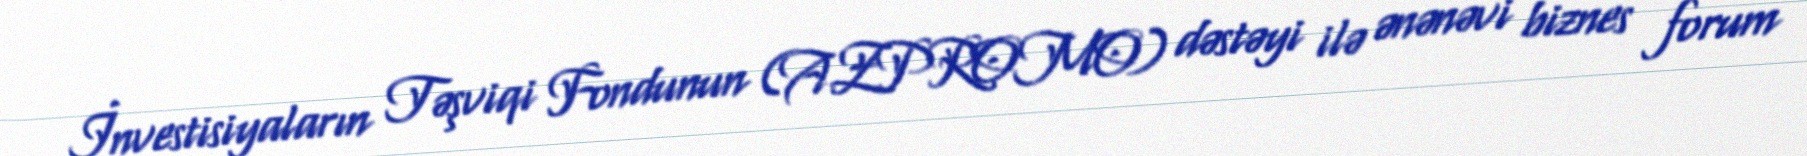
İnvestisiyaların Təşviqi Fondunun (AZPROMO) dəstəyi ilə ənənəvi biznes forum